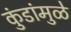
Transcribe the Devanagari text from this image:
कुंडांमुळे